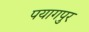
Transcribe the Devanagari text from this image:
पयागपुर